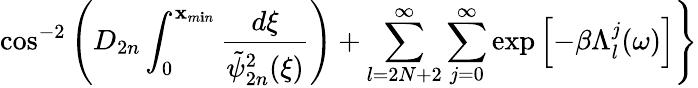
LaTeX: \cos^{-2}\left(D_{2n}\int_{0}^{\mathbf{x}_{m\mathbf{i}n}}\frac{{d\xi}}{{\tilde{{\psi}}_{2n}^{2}(\xi)}}\right)+\sum_{l=2N+2}^{\infty}\sum_{j=0}^{\infty}\exp\left[-\beta\Lambda_{l}^{j}(\omega)\right]\Biggr\}